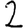
Digit: 2